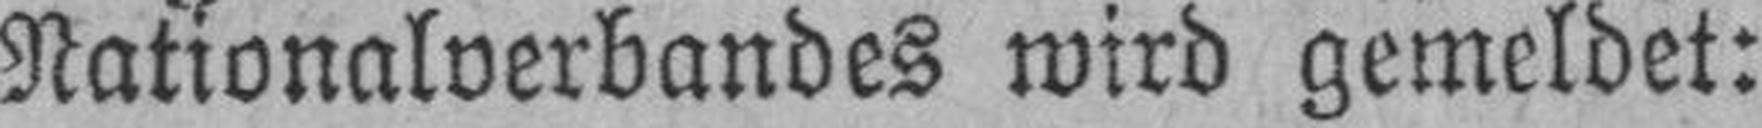
Nationalverbandes wird gemeldet: